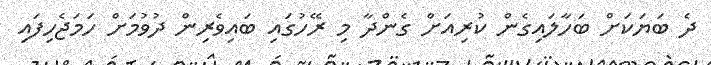
ދެ ބަޔަކަށް ބަހާލައިގެން ކުރިއަށް ގެންދާ މި ރޭހުގައި ބައިވެރިން ދުވުމަށް ހަމަޖެހިފައި